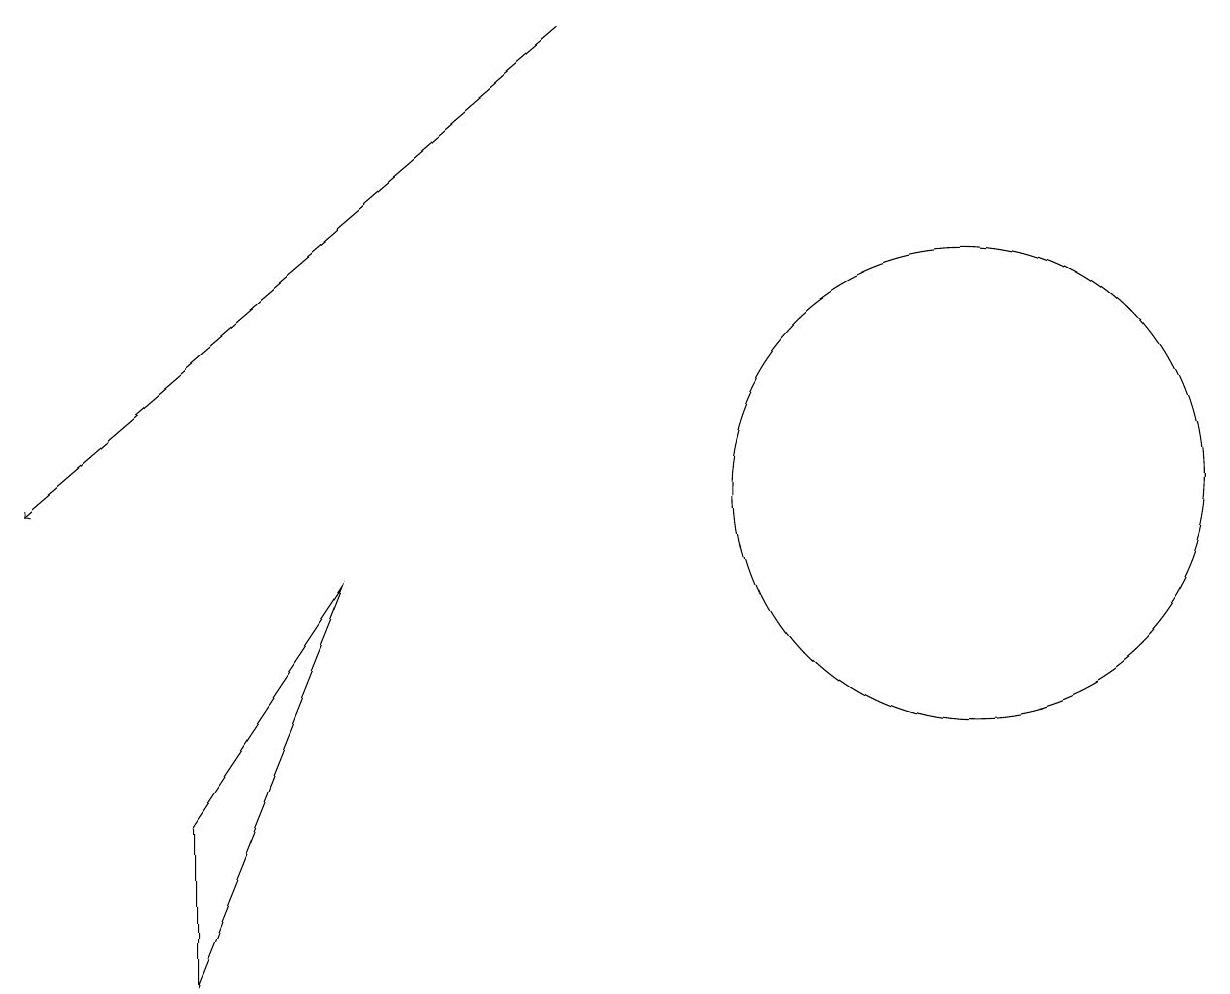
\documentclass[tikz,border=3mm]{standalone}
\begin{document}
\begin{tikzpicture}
\draw[->] (7,16) -- (0,10);
\draw (12,10) circle (3);
\draw (4,9) -- (2,4) -- (2,6) -- cycle;
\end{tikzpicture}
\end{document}